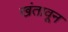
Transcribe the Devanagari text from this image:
खंतावून